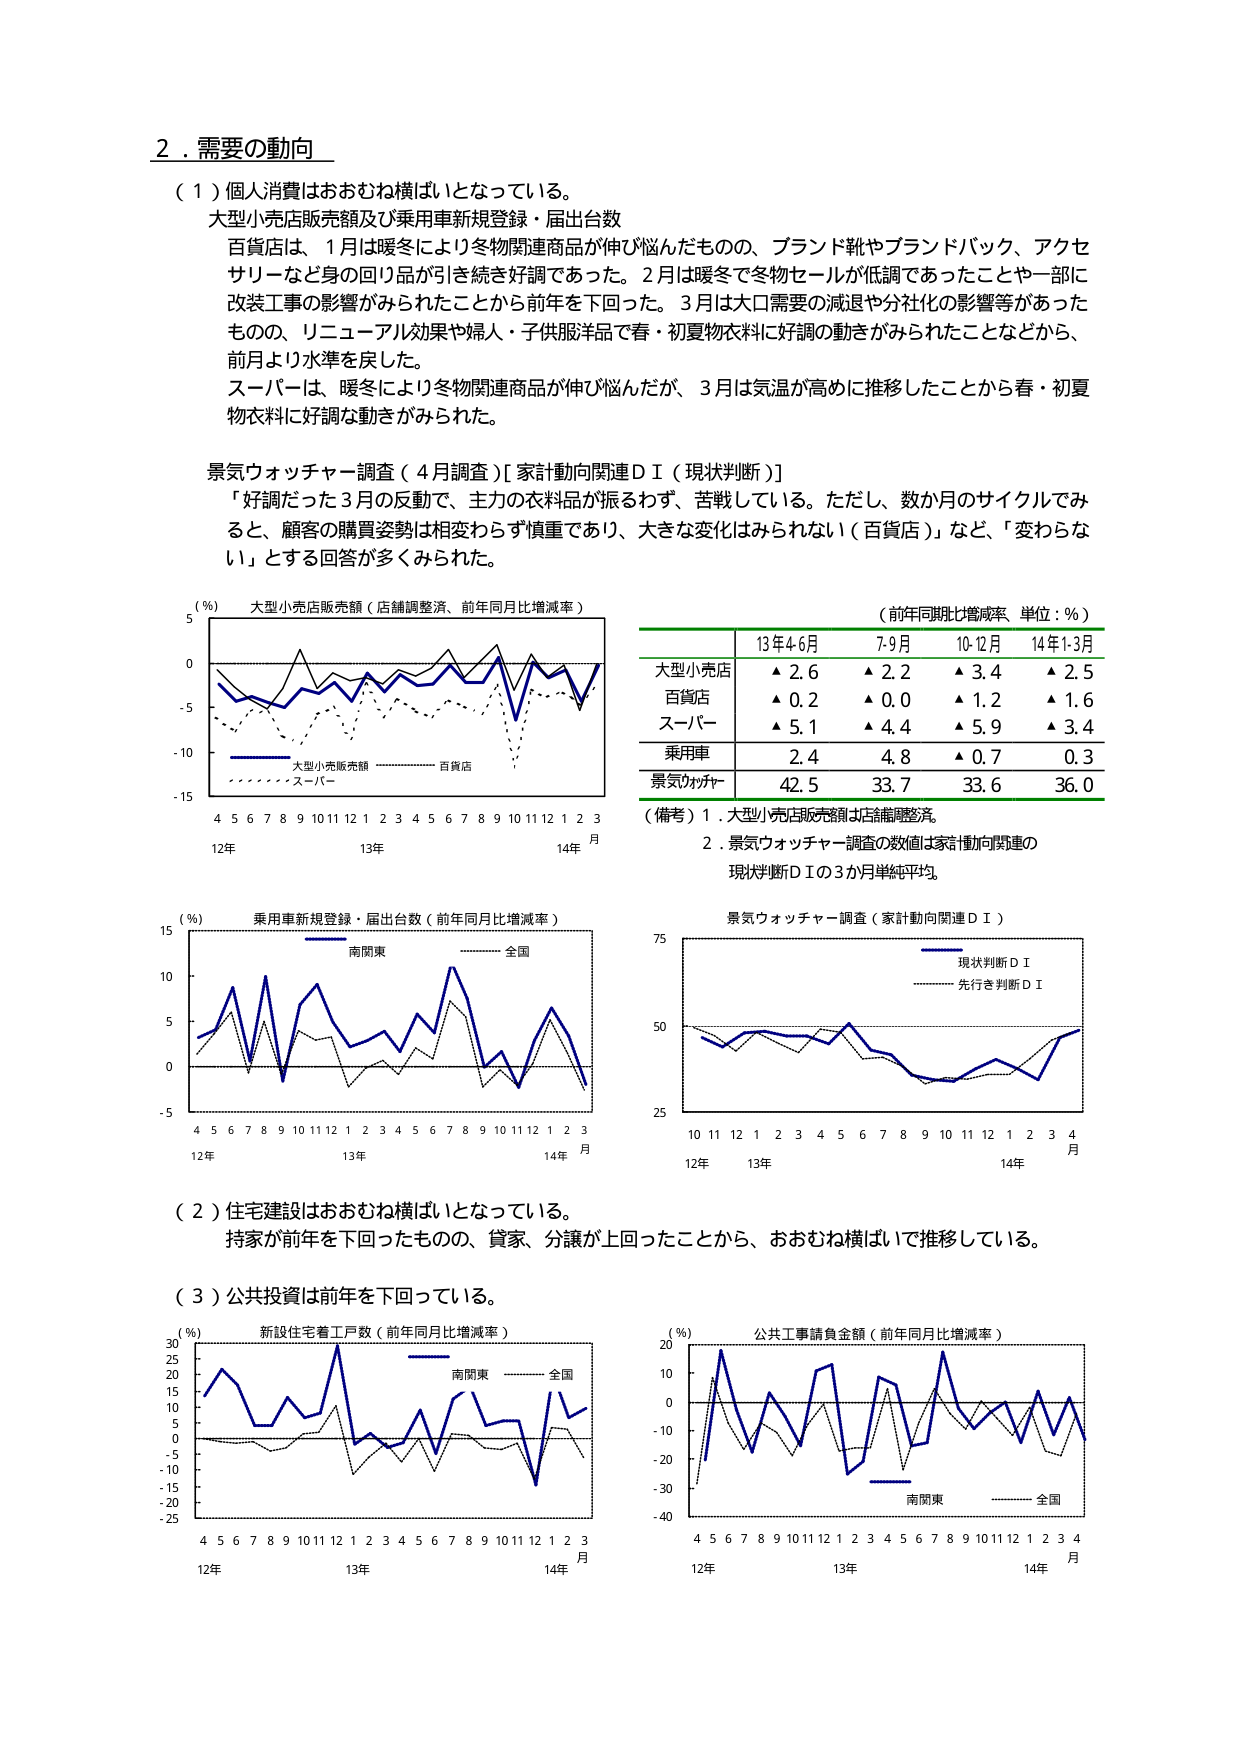
2．需要の動向

（1）個人消費はおおむね横ばいとなっている。

大型小売店販売額及び乗用車新規登録・届出台数

百貨店は、1月は暖冬により冬物関連商品が伸び悩んだものの、ブランド靴やブランドバック、アクセサリーなど身の回り品が引き続き好調であった。2月は暖冬で冬物セールが低調であったことや一部に改装工事の影響がみられたことから前年を下回った。3月は大口需要の減退や分社化の影響等があったものの、リニューアル効果や婦人・子供服洋品で春・初夏物衣料に好調の動きがみられたことなどから、前月より水準を戻した。

スーパーは、暖冬により冬物関連商品が伸び悩んだが、3月は気温が高めに推移したことから春・初夏物衣料に好調な動きがみられた。

景気ウォッチャー調査（4月調査）[家計動向関連ＤＩ（現状判断）]

「好調だった3月の反動で、主力の衣料品が振るわず、苦戦している。ただし、数か月のサイクルでみると、顧客の購買姿勢は相変わらず慎重であり、大きな変化はみられない（百貨店）」など、「変わらない」とする回答が多くみられた。

（％）大型小売店販売額（店舗調整済、前年同月比増減率）

（前年同月比増減率、単位：％）

13年4-6月　7-9月　10-12月　14年1-3月

大型小売店　▲2.6　▲2.2　▲3.4　▲2.5

百貨店　▲0.2　▲0.0　▲1.2　▲1.6

スーパー　▲5.1　▲4.4　▲5.9　▲3.4

乗用車　2.4　4.8　▲0.7　0.3

景気ウォッチャー　42.5　33.7　33.6　36.0

（備考）1．大型小売店販売額は店舗調整済。

　　　　2．景気ウォッチャー調査の数値は家計動向関連の

　　　　　現状判断ＤＩの3か月単純平均。

（％）乗用車新規登録・届出台数（前年同月比増減率）

景気ウォッチャー調査（家計動向関連ＤＩ）

現状判断ＤＩ

先行き判断ＤＩ

（2）住宅建設はおおむね横ばいとなっている。

持家が前年を下回ったものの、貸家、分譲が上回ったことから、おおむね横ばいで推移している。

（3）公共投資は前年を下回っている。

（％）新設住宅着工戸数（前年同月比増減率）

（％）公共工事請負金額（前年同月比増減率）